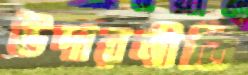
উদারনীতি